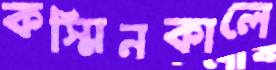
কস্মিনকালে